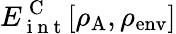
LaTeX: E_{\mathrm{~i~n~t~}}^{\mathrm{~C~}}[\rho_{\mathrm{A}},\rho_{\mathrm{env}}]